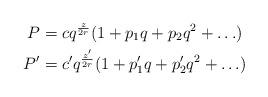
LaTeX: \begin{align*}P& = c q^{\frac{z}{2r}}(1+p_1 q + p_2 q^2 + \ldots) \\P'& = c' q^{\frac{z'}{2r}}(1+p'_1 q + p'_2 q^2 + \ldots)\end{align*}